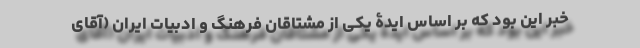
خبر این بود که بر اساس ایدۀ یکی از مشتاقان فرهنگ و ادبیات ایران (آقای